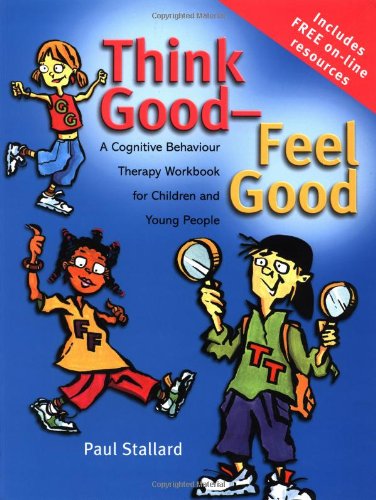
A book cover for Think Good - Feel Good: A Cognitive Behaviour Therapy Workbook for Children and Young People; Paul Stallard; Medical Books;